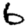
Digit: 6